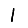
Digit: 1